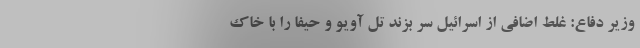
وزیر دفاع: غلطِ اضافی از اسرائیل سر بزند تل آویو و حیفا را با خاک